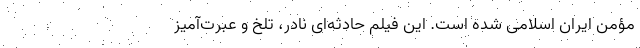
مؤمن ایران اسلامی شده است. این فیلم حادثه‌ای نادر، تلخ و عبرت‌آمیز